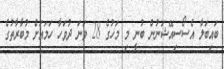
ބައިބަލާ އެސޯސިއޭޝަނުން ބުނީ މި މަހުގެ 28 ވަނަ ދުވަހާ ހަމައަށް މުބާރާތުގެ